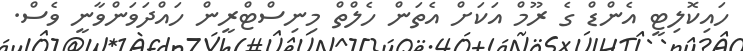
ހައިކޮލިޓީ އެންޑް ގެ ރޫމް އަކަށް އެތަން ހެލްތް މިނިސްޓްރީން ހައްދަވަންވާނީ ވެސް.